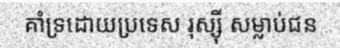
គាំទ្រដោយប្រទេស រុស្ស៊ី សម្លាប់ជន